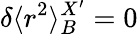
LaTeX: \delta\langle r^{2}\rangle_{B}^{X^{\prime}}=0